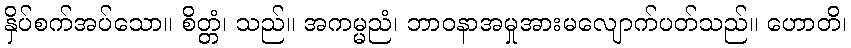
နှိပ်စက်အပ်သော။ စိတ္တံ၊ သည်။ အကမ္မညံ၊ ဘာဝနာအမှုအားမလျောက်ပတ်သည်။ ဟောတိ၊